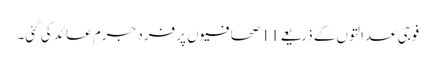
فوجی عدالتوں کے ذریعے 11 صحافیوں پر فرد جرم عائد کی گئی۔